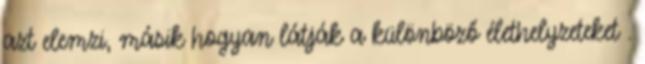
azt elemzi, másik hogyan látják a különböző élethelyzeteket .